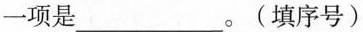
一项是________。(填序号)